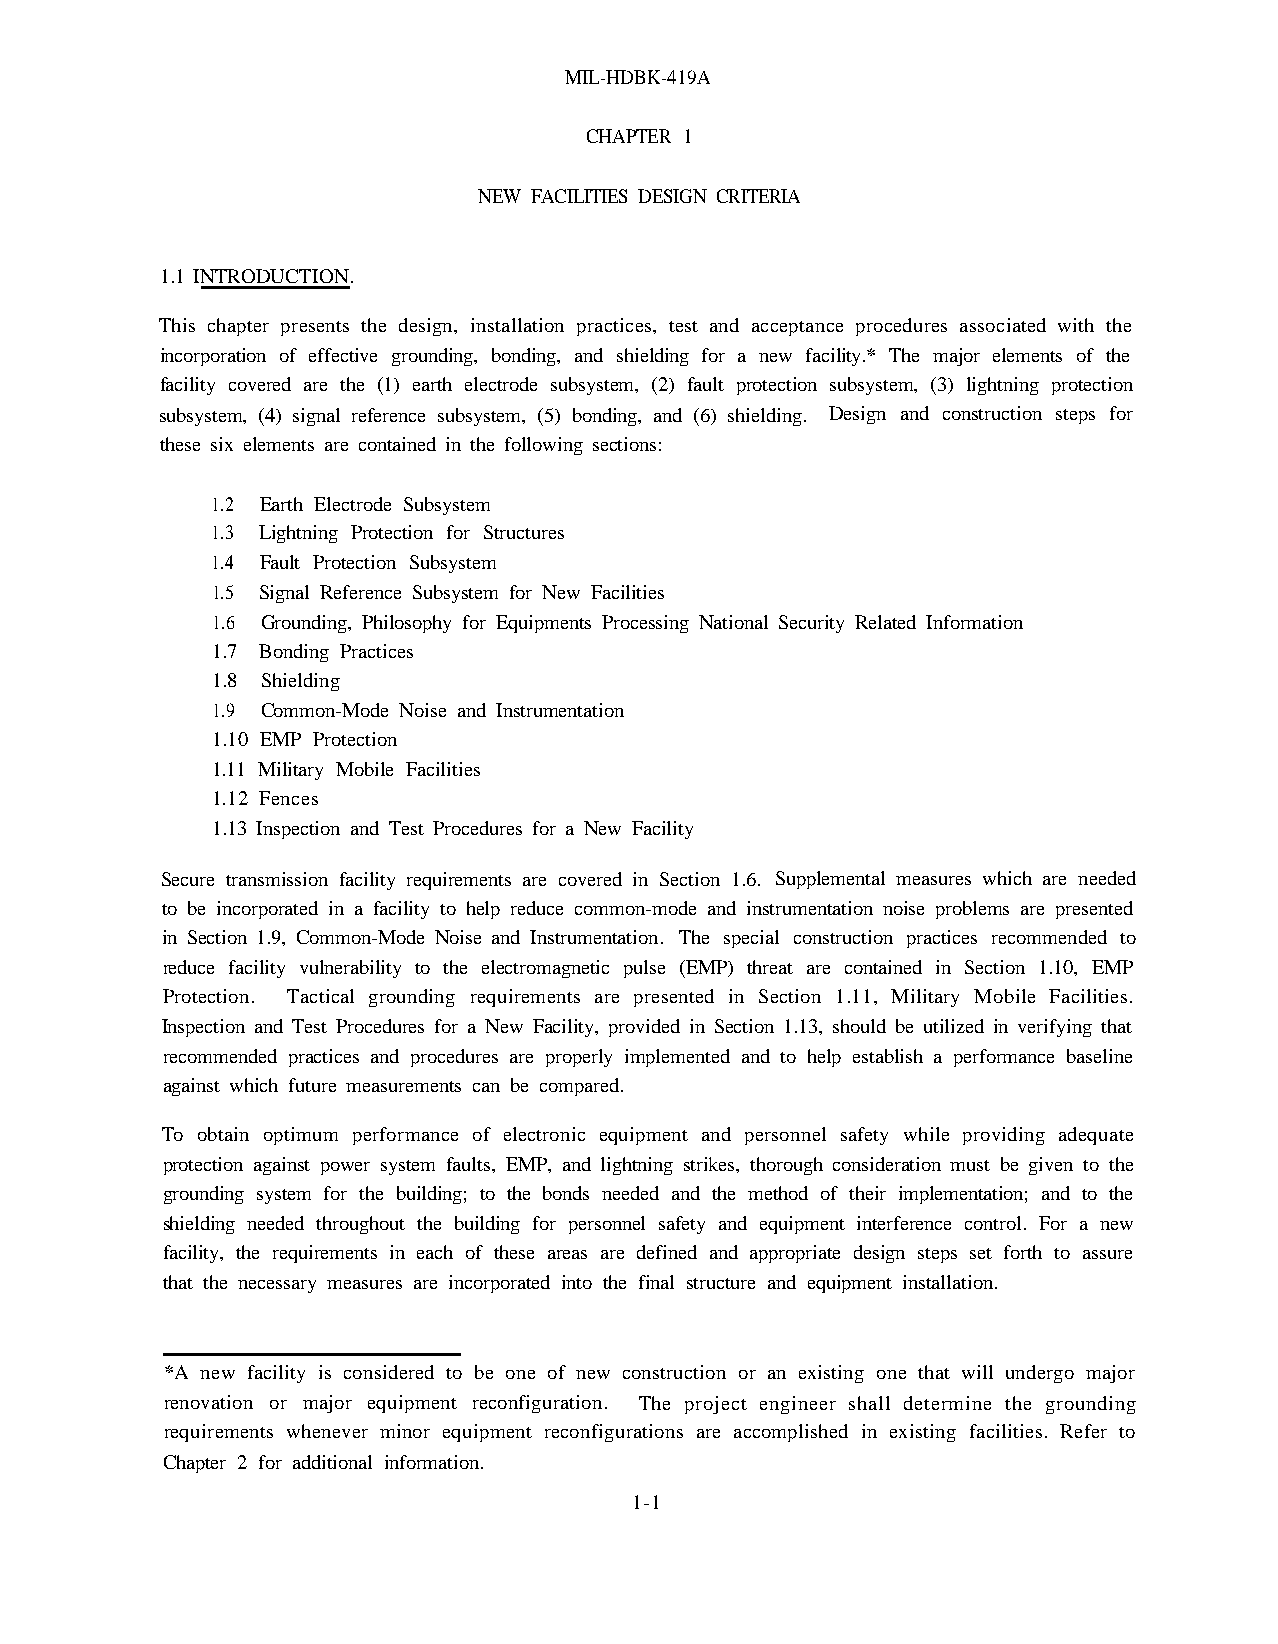
MIL-HDBK-419A
 CHAPTER 1
 NEW FACILITIES DESIGN CRITERIA
 1.1 INTRODUCTION.
 This chapter presents the design, installation practices, test and acceptance procedures associated with the
 incorporation of effective grounding, bonding, and shielding for a new facility.* The major elements of the
 facility covered are the (1) earth electrode subsystem, (2) fault protection subsystem, (3) lightning protection
 subsystem, (4) signal reference subsystem, (5) bonding, and (6) shielding. Design and construction steps for
 these six elements are contained in the following sections:
 1.2 Earth Electrode Subsystem
 1.3 Lightning Protection for Structures
 1.4 Fault Protection Subsystem
 1.5 Signal Reference Subsystem for New Facilities
 1.6 Grounding, Philosophy for Equipments Processing National Security Related Information
 1.7 Bonding Practices
 1.8 Shielding
 1.9 Common-Mode Noise and Instrumentation
 1.10 EMP Protection
 1.11 Military Mobile Facilities
 1.12 Fences
 1.13 Inspection and Test Procedures for a New Facility
 Secure transmission facility requirements are covered in Section 1.6. Supplemental measures which are needed
 to be incorporated in a facility to help reduce common-mode and instrumentation noise problems are presented
 in Section 1.9, Common-Mode Noise and Instrumentation. The special construction practices recommended to
 reduce facility vulnerability to the electromagnetic pulse (EMP) threat are contained in Section 1.10, EMP
 Protection. Tactical grounding requirements are presented in Section 1.11, Military Mobile Facilities.
 Inspection and Test Procedures for a New Facility, provided in Section 1.13, should be utilized in verifying that
 recommended practices and procedures are properly implemented and to help establish a performance baseline
 against which future measurements can be compared.
 To obtain optimum performance of electronic equipment and personnel safety while providing adequate
 protection against power system faults, EMP, and lightning strikes, thorough consideration must be given to the
 grounding system for the building; to the bonds needed and the method of their implementation; and to the
 shielding needed throughout the building for personnel safety and equipment interference control. For a new
 facility, the requirements in each of these areas are defined and appropriate design steps set forth to assure
 that the necessary measures are incorporated into the final structure and equipment installation.
 *A new facility is considered to be one of new construction or an existing one that will undergo major
 renovation or major equipment reconfiguration. The project engineer shall determine the grounding
 requirements whenever minor equipment reconfigurations are accomplished in existing facilities. Refer to
 Chapter 2 for additional information.
 1-1